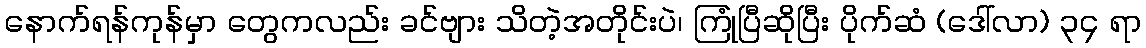
နောက်ရန်ကုန်မှာ တွေကလည်း ခင်ဗျား သိတဲ့အတိုင်းပဲ၊ ကြုံပြီဆိုပြီး ပိုက်ဆံ (ဒေါ်လာ) ၃၄ ရာ